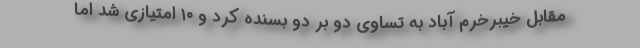
مقابل خیبرخرم آباد به تساوی دو بر دو بسنده کرد و ۱۰ امتیازی شد اما